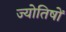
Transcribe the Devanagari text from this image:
ज्योतिषों